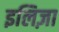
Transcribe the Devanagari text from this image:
इलिज़ा